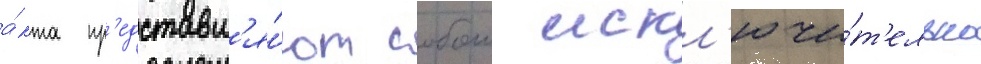
а́кта пр'едставл'я́ют собои искл'ючи́т'ельно